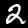
Label: 2